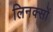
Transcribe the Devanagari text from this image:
लिनक्सों